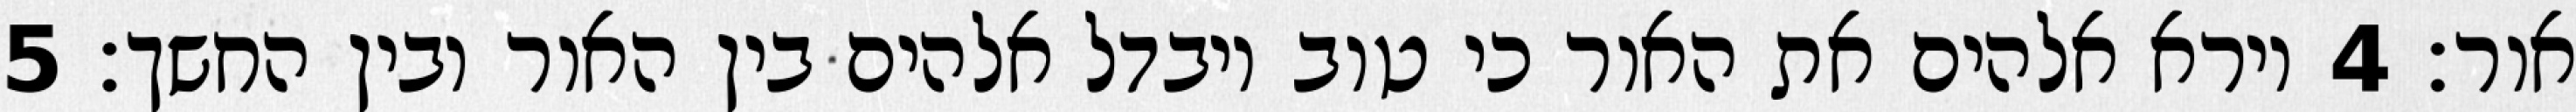
אור׃ ‎4‏ וירא אלהים את האור כי טוב ויבדל אלהים בין האור ובין החשך׃ ‎5‏